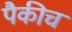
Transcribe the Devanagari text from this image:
पैकीच